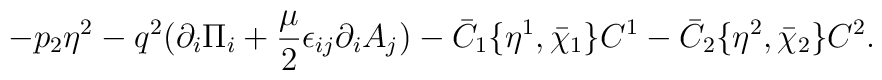
-p_2\eta ^2-q^2(\partial _i\Pi _i+{\mu\over 2}\epsilon_{ij}\partial _iA_j )-\bar C_1\{\eta ^1,\bar\chi _1\}C^1 -\bar C_2\{\eta ^2,\bar\chi _2\}C^2.